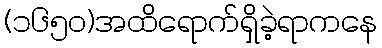
(၁၆၅၀)အထိရောက်ရှိခဲ့ရာကနေ